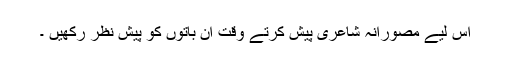
اس لیے مصورانہ شاعری پیش کرتے وقت ان باتوں کو پیش نظر رکھیں ۔